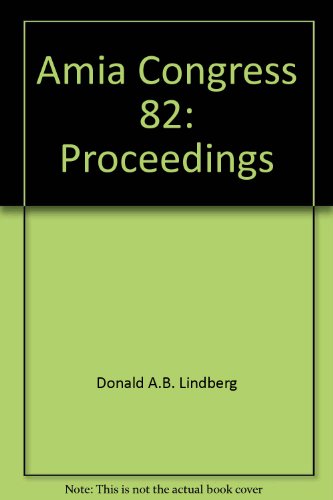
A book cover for Computer Applications in Medical Care; Medical Books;